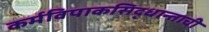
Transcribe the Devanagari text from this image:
कर्मविपाकसिद्धान्ताची